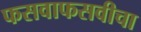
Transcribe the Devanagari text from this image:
फसवाफसवीचा